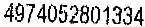
4974052801334